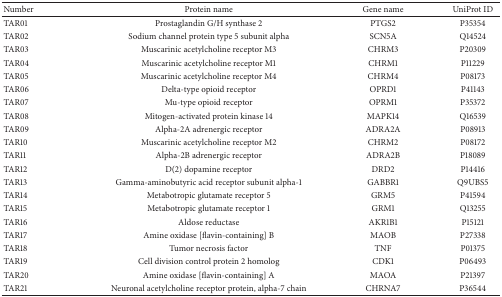
<table><thead><tr><td><b>Number</b></td><td><b>Protein name</b></td><td><b>Gene name</b></td><td><b>UniProt ID</b></td></tr></thead><tbody><tr><td>TAR01</td><td>Prostaglandin G/H synthase 2</td><td>PTGS2</td><td>P35354</td></tr><tr><td>TAR02</td><td>Sodium channel protein type 5 subunit alpha</td><td>SCN5A</td><td>Q14524</td></tr><tr><td>TAR03</td><td>Muscarinic acetylcholine receptor M3</td><td>CHRM3</td><td>P20309</td></tr><tr><td>TAR04</td><td>Muscarinic acetylcholine receptor M1</td><td>CHRM1</td><td>P11229</td></tr><tr><td>TAR05</td><td>Muscarinic acetylcholine receptor M4</td><td>CHRM4</td><td>P08173</td></tr><tr><td>TAR06</td><td>Delta-type opioid receptor</td><td>OPRD1</td><td>P41143</td></tr><tr><td>TAR07</td><td>Mu-type opioid receptor</td><td>OPRM1</td><td>P35372</td></tr><tr><td>TAR08</td><td>Mitogen-activated protein kinase 14</td><td>MAPK14</td><td>Q16539</td></tr><tr><td>TAR09</td><td>Alpha-2A adrenergic receptor</td><td>ADRA2A</td><td>P08913</td></tr><tr><td>TAR10</td><td>Muscarinic acetylcholine receptor M2</td><td>CHRM2</td><td>P08172</td></tr><tr><td>TAR11</td><td>Alpha-2B adrenergic receptor</td><td>ADRA2B</td><td>P18089</td></tr><tr><td>TAR12</td><td>D(2) dopamine receptor</td><td>DRD2</td><td>P14416</td></tr><tr><td>TAR13</td><td>Gamma-aminobutyric acid receptor subunit alpha-1</td><td>GABBR1</td><td>Q9UBS5</td></tr><tr><td>TAR14</td><td>Metabotropic glutamate receptor 5</td><td>GRM5</td><td>P41594</td></tr><tr><td>TAR15</td><td>Metabotropic glutamate receptor 1</td><td>GRM1</td><td>Q13255</td></tr><tr><td>TAR16</td><td>Aldose reductase</td><td>AKR1B1</td><td>P15121</td></tr><tr><td>TAR17</td><td>Amine oxidase [flavin-containing] B</td><td>MAOB</td><td>P27338</td></tr><tr><td>TAR18</td><td>Tumor necrosis factor</td><td>TNF</td><td>P01375</td></tr><tr><td>TAR19</td><td>Cell division control protein 2 homolog</td><td>CDK1</td><td>P06493</td></tr><tr><td>TAR20</td><td>Amine oxidase [flavin-containing] A</td><td>MAOA</td><td>P21397</td></tr><tr><td>TAR21</td><td>Neuronal acetylcholine receptor protein, alpha-7 chain</td><td>CHRNA7</td><td>P36544</td></tr></tbody></table>